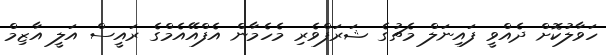
ހަވާލުކޮށް ދެއްވީ ފައިނަލް މެޗުގެ ޝަރަފްވެރި މެހެމާން އެފްއޭއެމްގެ ރައީސް އަލީ އާޒިމް